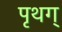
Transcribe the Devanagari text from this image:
पृथग्